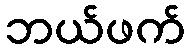
ဘယ်ဖက်